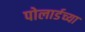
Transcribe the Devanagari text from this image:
पोलार्डच्या